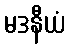
မဒနီယံ